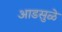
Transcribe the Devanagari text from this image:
आडसुळे